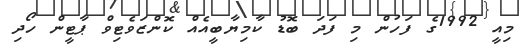
މިއީ 1992ގެ ފަހުން މި ފަދަ ބޮޑު ކާމިޔާބީއެއް ކޮންޒަވެޓިވް ޕާޓީން ހޯދި